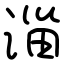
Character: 淄